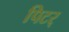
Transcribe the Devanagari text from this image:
पिटर्